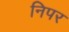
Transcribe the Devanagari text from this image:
निपर